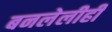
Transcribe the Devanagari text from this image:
बनलेलीही